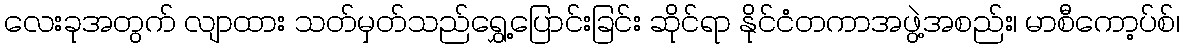
လေးခုအတွက် လျာထား သတ်မှတ်သည်ရွှေ့ပြောင်းခြင်း ဆိုင်ရာ နိုင်ငံတကာအဖွဲ့အစည်း၊ မာစီကော့ပ်စ်၊